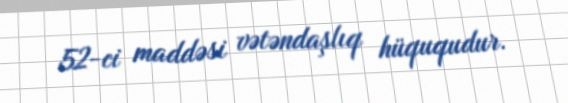
52-ci maddəsi vətəndaşlıq hüququdur.